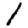
Digit: 1